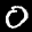
Label: 0